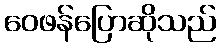
ဝေဖန်ပြောဆိုသည်